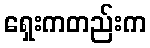
ရှေးကတည်းက